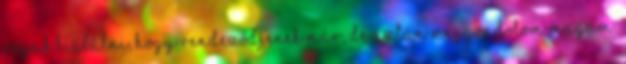
rájuk kiabálni, hogy rendeződjenek már, de aztán meggondolom magam.